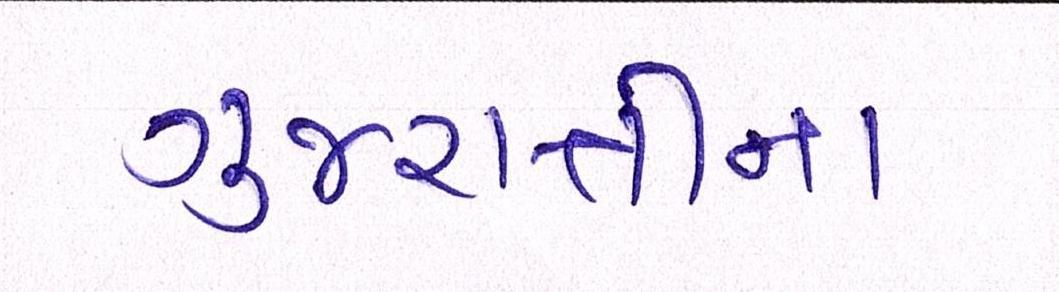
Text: ગુજરાતીના